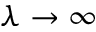
\lambda \rightarrow \infty